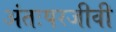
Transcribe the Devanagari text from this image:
अंतःपरजीवी